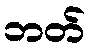
ဘတ်